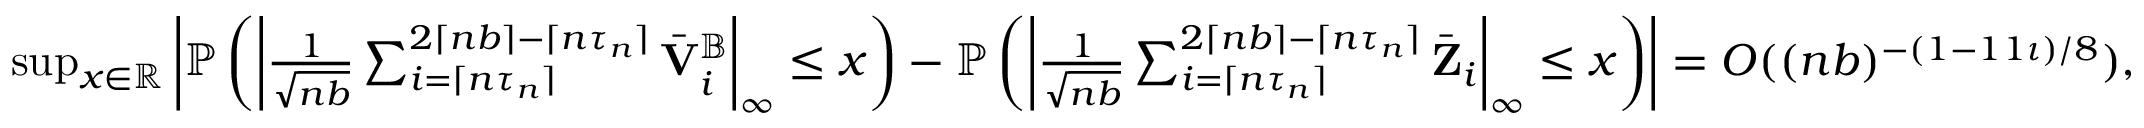
\begin{array} { r } { \operatorname* { s u p } _ { x \in \mathbb { R } } \left| \mathbb { P } \left( \left| \frac { 1 } { \sqrt { n b } } \sum _ { i = \lceil n \tau _ { n } \rceil } ^ { 2 \lceil n b \rceil - \lceil n \tau _ { n } \rceil } \bar { \mathbf V } _ { i } ^ { \mathbb { B } } \right| _ { \infty } \leq x \right) - \mathbb { P } \left( \left| \frac { 1 } { \sqrt { n b } } \sum _ { i = \lceil n \tau _ { n } \rceil } ^ { 2 \lceil n b \rceil - \lceil n \tau _ { n } \rceil } \bar { \mathbf Z } _ { i } \right| _ { \infty } \leq x \right) \right| = O ( ( n b ) ^ { - ( 1 - 1 1 \iota ) / 8 } ) , } \end{array}